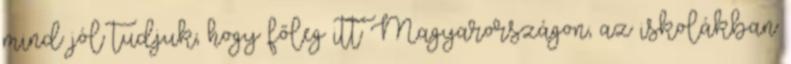
mind jól tudjuk, hogy főleg itt Magyarországon, az iskolákban